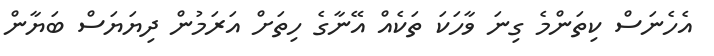
އެހެނަސް ކިތަންމެ ގިނަ ވާހަކަ ތަކެއް އޭނާގެ ހިތަށް އަރަމުން ދިޔަޔަސް ބަޔާން